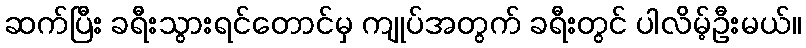
ဆက်ပြီး ခရီးသွားရင်တောင်မှ ကျုပ်အတွက် ခရီးတွင် ပါလိမ့်ဦးမယ်။